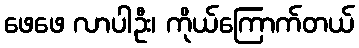
ဖေဖေ လာပါဦး၊ ကိုယ်ကြောက်တယ်